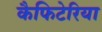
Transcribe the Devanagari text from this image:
कैफिटेरिया